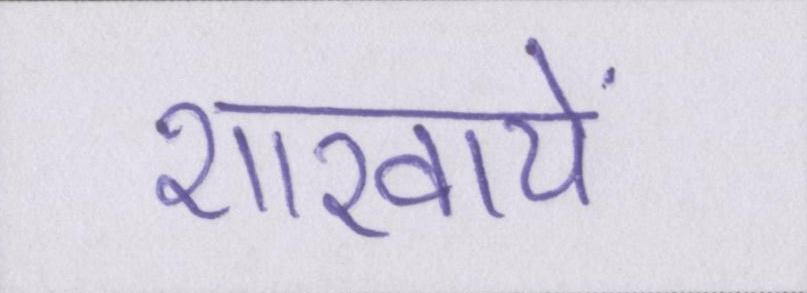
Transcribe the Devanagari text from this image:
शाखायें